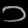
Digit: ၁